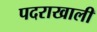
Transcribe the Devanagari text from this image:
पदराखाली